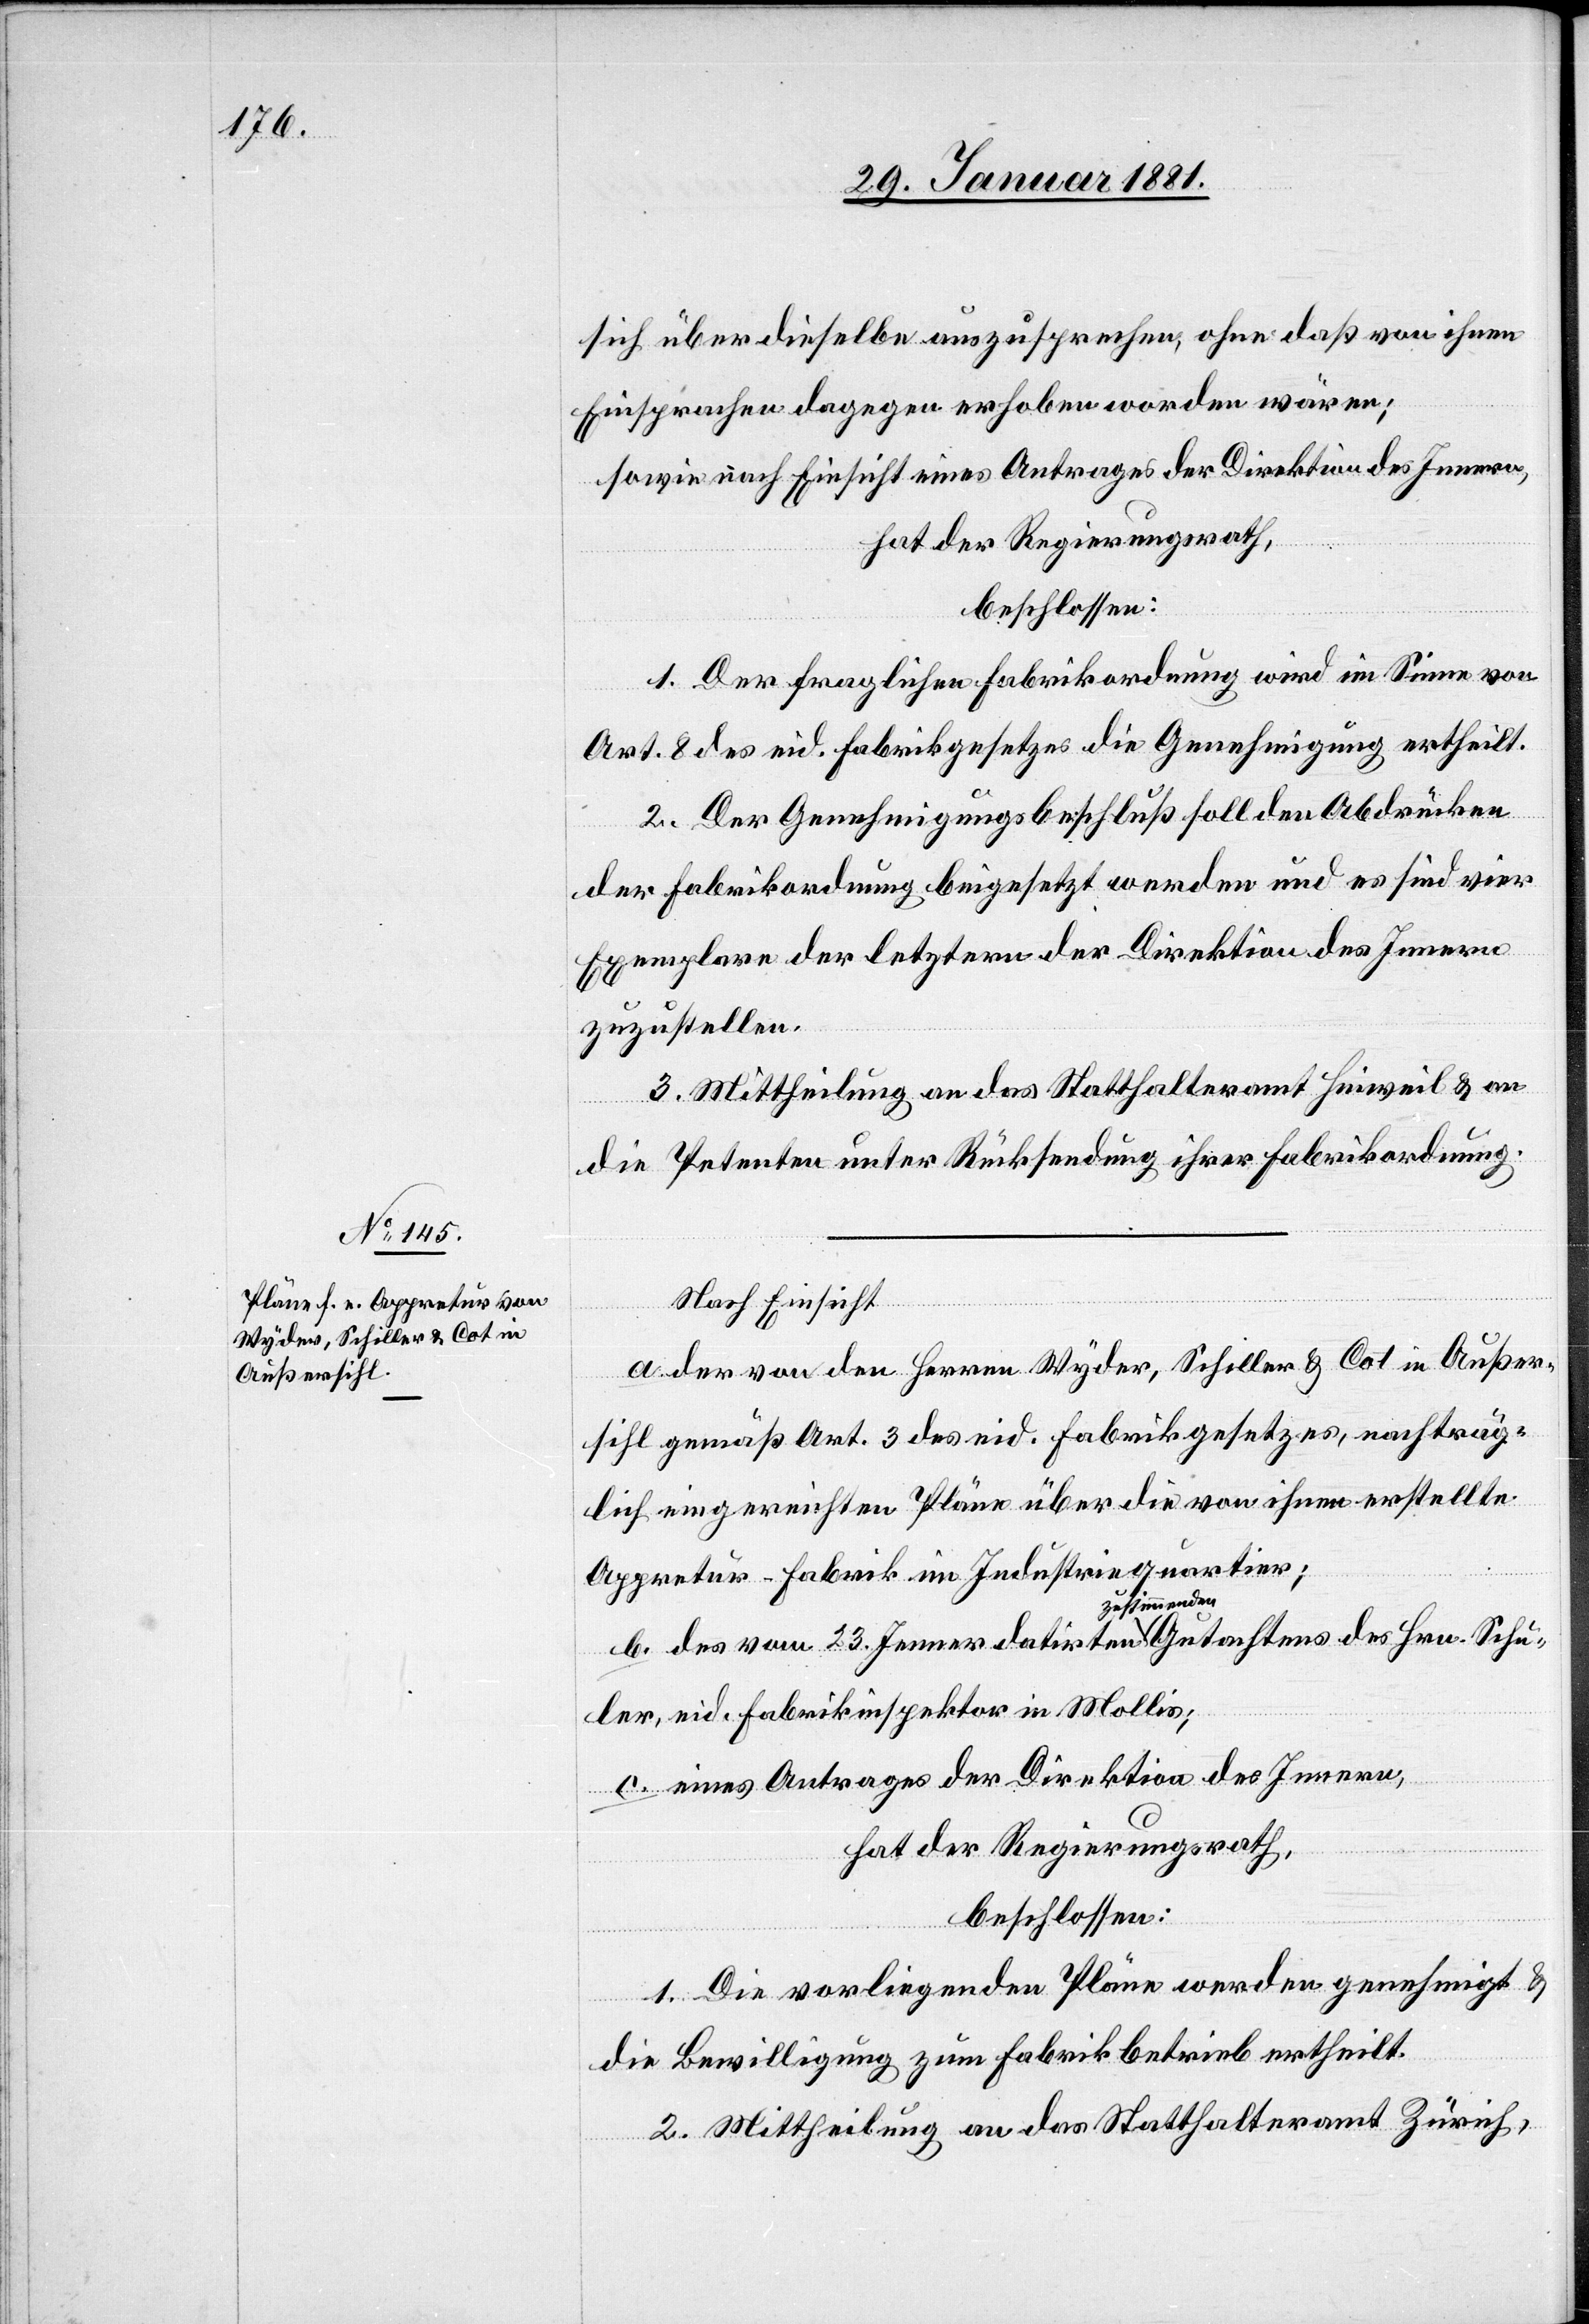
sich über dieselbe auszusprechen, ohne daß von ihren
Einsprachen dagegen erhoben worden wären;
sowie nach Einsicht eines Antrages der Direktion des Innern,
hat der Regierungsrath,
beschlossen:
1. Der fraglichen Fabrikordnung wird im Sinne von
Art. 8 des eid. Fabrikgesetzes die Genehmigung ertheilt.
2. Der Genehmigungsbeschluß soll den Abdrücken
der Fabrikordnung beigesetzt werden und es sind vier
Exemplare der letztern der Direktion des Innern
zuzustellen.
3. Mittheilung an das Statthalteramt Hinweil & an
die Petenten unter Rücksendung ihrer Fabrikordnung.
Nach Einsicht
a. der von den Herren Wyder, Schiller & Cot in Außer¬
sihl gemäß Art. 3 des eid. Fabrikgesetzes, nachträg¬
lich eingereichten Pläne über die von ihnen erstellte
Appretur-Fabrik im Industriequartier;
b. des vom 23. Jenner datirten zustimmenden Gutachtens des Hrn. Schu¬
ler, eid. Fabrikinspektor in Mollis;
c. eines Antrages der Direktion des Innern,
hat der Regierungsrath,
beschlossen:
1. Die vorliegenden Pläne werden genehmigt &
die Bewilligung zum Fabrikbetrieb ertheilt.
2. Mittheilung an das Statthalteramt Zürich